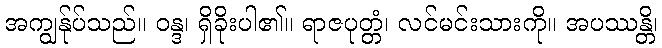
အကျွန်ုပ်သည်။ ဝန္ဒ၊ ရှိခိုးပါ၏။ ရာဇပုတ္တံ၊ လင်မင်းသားကို။ အပဿန္တိ၊